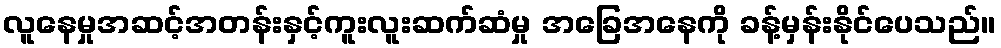
လူနေမှုအဆင့်အတန်းနှင့်ကူးလူးဆက်ဆံမှု အခြေအနေကို ခန့်မှန်းနိုင်ပေသည်။